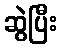
ဆွဲပြီး